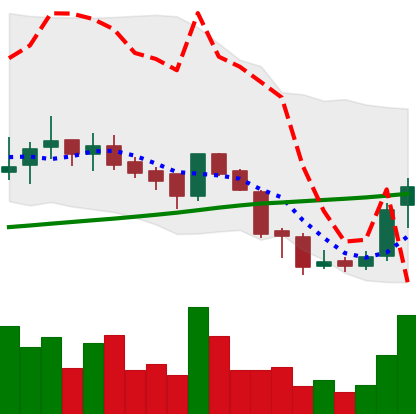
Ticker: BNB-USD
Chart end date: 2018-07-17
Forward return: -11.616%
Label: down_7plus